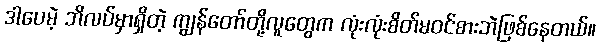
ဒါပေမဲ့ ဘိလပ်မှာရှိတဲ့ ကျွန်တော်တို့လူတွေက လုံးလုံးစိတ်မဝင်စားဘဲဖြစ်နေတယ်။